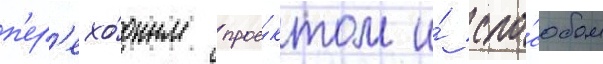
п'ер'ехо́дным прое́ктом и́ спо́собом